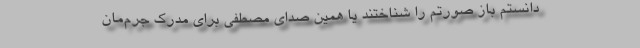
‌دانستم باز صورتم را شناختند یا همین صدای مصطفی برای مدرک جرم‌مان